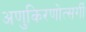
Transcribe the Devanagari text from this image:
अणुकिरणोत्सर्गी